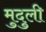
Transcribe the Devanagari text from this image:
मुदुली